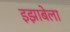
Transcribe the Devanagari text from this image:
इझाबेला